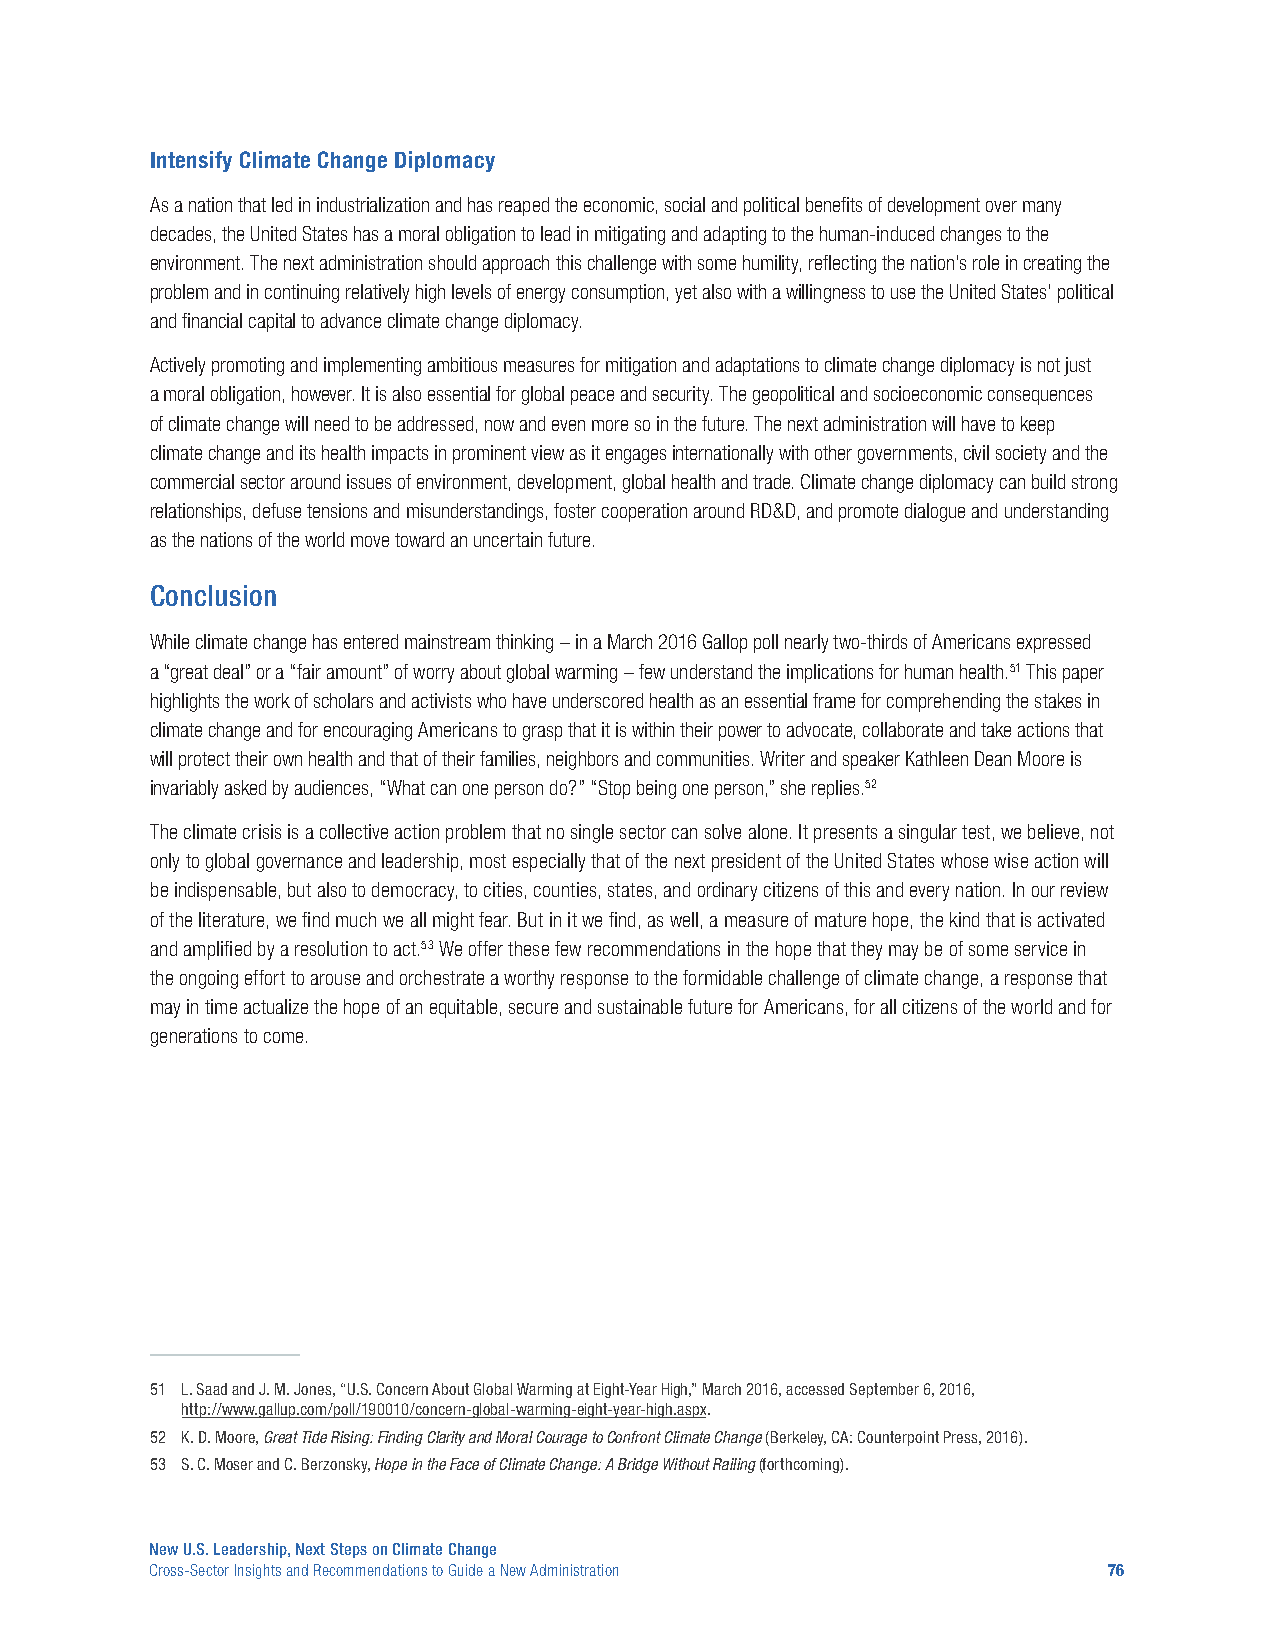
Intensify Climate Change Diplomacy
 As a nation that led in industrialization and has reaped the economic, social and political benefits of development over many
 decades, the United States has a moral obligation to lead in mitigating and adapting to the human-induced changes to the
 environment. The next administration should approach this challenge with some humility, reflecting the nation’s role in creating the
 problem and in continuing relatively high levels of energy consumption, yet also with a willingness to use the United States’ political
 and financial capital to advance climate change diplomacy.
 Actively promoting and implementing ambitious measures for mitigation and adaptations to climate change diplomacy is not just
 a moral obligation, however. It is also essential for global peace and security. The geopolitical and socioeconomic consequences
 of climate change will need to be addressed, now and even more so in the future. The next administration will have to keep
 climate change and its health impacts in prominent view as it engages internationally with other governments, civil society and the
 commercial sector around issues of environment, development, global health and trade. Climate change diplomacy can build strong
 relationships, defuse tensions and misunderstandings, foster cooperation around RD&D, and promote dialogue and understanding
 as the nations of the world move toward an uncertain future.
 Conclusion
 While climate change has entered mainstream thinking – in a March 2016 Gallop poll nearly two-thirds of Americans expressed
 a “great deal” or a “fair amount” of worry about global warming – few understand the implications for human health.51 This paper
 highlights the work of scholars and activists who have underscored health as an essential frame for comprehending the stakes in
 climate change and for encouraging Americans to grasp that it is within their power to advocate, collaborate and take actions that
 will protect their own health and that of their families, neighbors and communities. Writer and speaker Kathleen Dean Moore is
 invariably asked by audiences, “What can one person do?” “Stop being one person,” she replies.52
 The climate crisis is a collective action problem that no single sector can solve alone. It presents a singular test, we believe, not
 only to global governance and leadership, most especially that of the next president of the United States whose wise action will
 be indispensable, but also to democracy, to cities, counties, states, and ordinary citizens of this and every nation. In our review
 of the literature, we find much we all might fear. But in it we find, as well, a measure of mature hope, the kind that is activated
 and amplified by a resolution to act.53 We offer these few recommendations in the hope that they may be of some service in
 the ongoing effort to arouse and orchestrate a worthy response to the formidable challenge of climate change, a response that
 may in time actualize the hope of an equitable, secure and sustainable future for Americans, for all citizens of the world and for
 generations to come.
 51 L. Saad and J. M. Jones, “U.S. Concern About Global Warming at Eight-Year High,” March 2016, accessed September 6, 2016,
 http://www.gallup.com/poll/190010/concern-global-warming-eight-year-high.aspx.
 52 K. D. Moore, Great Tide Rising: Finding Clarity and Moral Courage to Confront Climate Change (Berkeley, CA: Counterpoint Press, 2016).
 53 S. C. Moser and C. Berzonsky, Hope in the Face of Climate Change: A Bridge Without Railing (forthcoming).
 New U.S. Leadership, Next Steps on Climate Change
 Cross-Sector Insights and Recommendations to Guide a New Administration 76